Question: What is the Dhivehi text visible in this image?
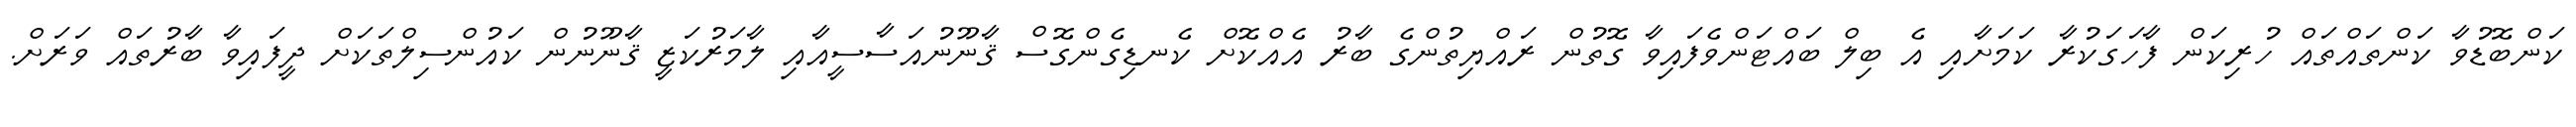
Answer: ކަންބޮޑުވާ ކަންތައްތައް ހުރިކަން ފާހަގަކުރާ ކަމަށާއި އެ ބިލް ބައްޓަންވެފައިވާ ގޮތުން ރައްޔިތުންގެ ބާރު އެއްކޮށް ކެނޑިގެންގޮސް ޤާނޫނުއަސާސީއާއި ލާމަރުކަޒީ ޤާނޫނުން ކައުންސިލްތަކަށް ދީފައިވާ ބާރުތައް ވަރަށް.